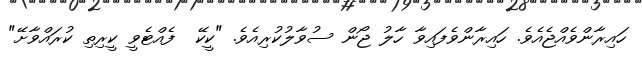
ހައިރާންވެއްޖެއެވެ. ހައިރާންވެފައިވާ ހާލު ޖޯން ސުވާލުކުރިއެވެ. "ކީކޭ  ފެއްޓެވީ ކީރިތި ކުރައްވާށޭ"